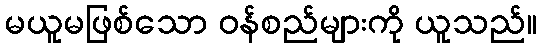
မယူမဖြစ်သော ဝန်စည်များကို ယူသည်။